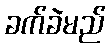
ခက်ခဲမည်